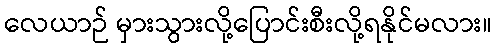
လေယာဉ် မှားသွားလို့ပြောင်းစီးလို့ရနိုင်မလား။